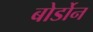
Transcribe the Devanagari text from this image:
बोर्डोन